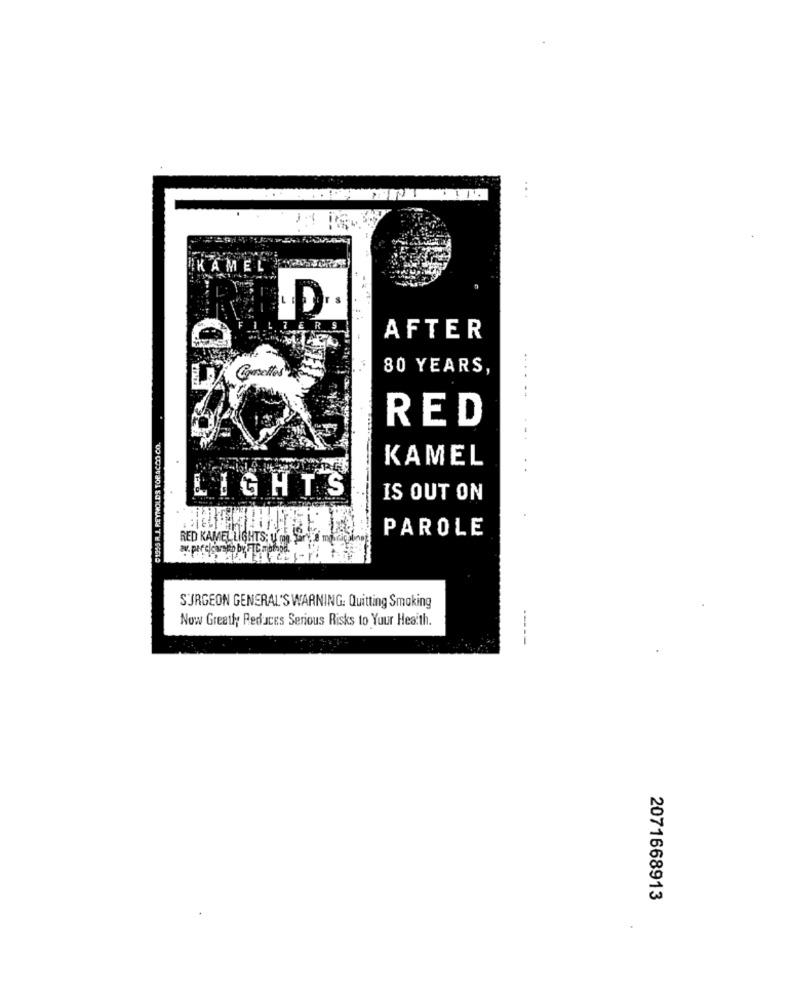
KAMEL
AFTER
80 YEARS,
RED
01955 R.J. REYNOLDS TOBACCO CO.
KAMEL
LIGHTS
IS OUT ON
PAROLE
RED KAMEL LIGHTS; y mo.
SURGEON GENERAL'S WARNING. Quitting Smoking
Now Greatly Reduces Serious Risks to Your Health.
2071668913